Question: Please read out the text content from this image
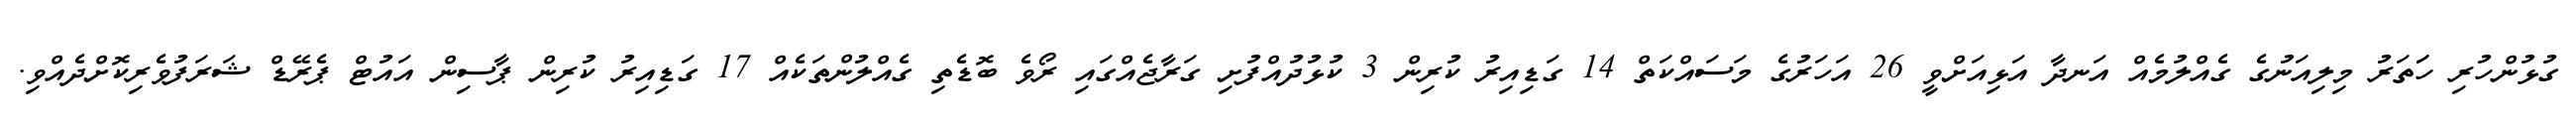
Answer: ގުޅުންހުރި ހަަތަރު މިލިއަނުގެ ގެއްލުމެއް އަނދާ އަޅިއަށްވީ 26 އަހަރުގެ މަސައްކަތް 14 ގަޑިއިރު ކުރިން 3 ކުޅުދުއްފުށި ގަރާޖެއްގައި ރޯވެ ބޮޑެތި ގެއްލުންތަކެއް 17 ގަޑިއިރު ކުރިން ޕާސިން އައުޓް ޕެރޭޑް ޝަރަފުވެރިކޮށްދެއްވި.